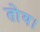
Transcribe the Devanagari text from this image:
तोय।